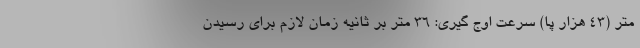
متر (43 هزار پا) سرعت اوج گیری: 36 متر بر ثانیه زمان لازم برای رسیدن